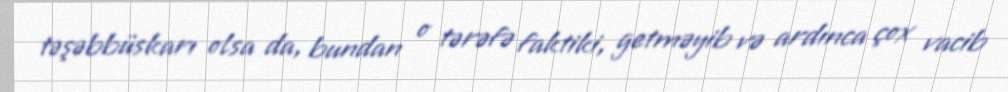
təşəbbüskarı olsa da, bundan o tərəfə faktiki, getməyib və ardınca çox vacib